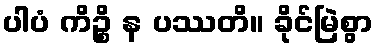
ပါပံ ကိဉ္စိ န ပဿတိ။ ခိုင်မြဲစွာ